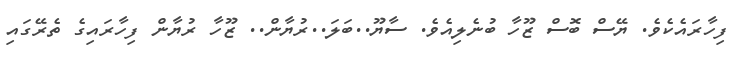
ފިހާރައެކެވެ. ޔޭސް ބޮސް ޒޫހާ ބުނެލިއެވެ. ސާޔޫ..ބަލަ..ރުޔާން.. ޒޫހާ ރުޔާން ފިހާރައިގެ ތެރޭގައި